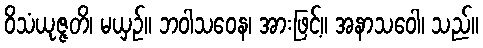
ဝိသံယုဇ္ဇတိ၊ မယှဉ်။ ဘဝါသဝေန၊ အားဖြင့်။ အနာသဝေါ၊ သည်။